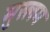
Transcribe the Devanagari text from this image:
मुस्लम